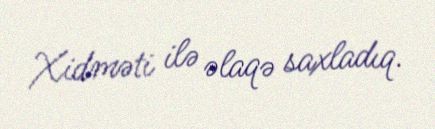
Xidməti ilə əlaqə saxladıq.